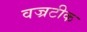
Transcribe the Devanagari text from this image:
वज्रटीक